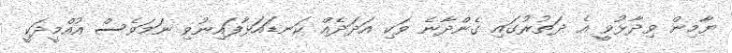
ޔާމިން ވިދާޅުވީ އެ ދަތުރުގައި ގެންދާނެ ވަކި އަދަދެއް ކަނޑައަޅާފައިނުވި ނަމަވެސް އުއްމީދަކީ